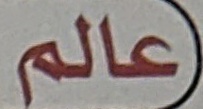
عالم